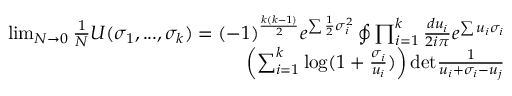
\begin{array} { r l r } & { } & { \operatorname* { l i m } _ { N \to 0 } \frac { 1 } { N } U ( \sigma _ { 1 } , . . . , \sigma _ { k } ) = ( - 1 ) ^ { \frac { k ( k - 1 ) } { 2 } } e ^ { \sum \frac { 1 } { 2 } \sigma _ { i } ^ { 2 } } \oint \prod _ { i = 1 } ^ { k } \frac { d u _ { i } } { 2 i \pi } e ^ { \sum u _ { i } \sigma _ { i } } } \\ & { } & { \left( \sum _ { i = 1 } ^ { k } \mathrm { l o g } ( 1 + \frac { \sigma _ { i } } { u _ { i } } ) \right) \mathrm { d e t } \frac { 1 } { u _ { i } + \sigma _ { i } - u _ { j } } } \end{array}